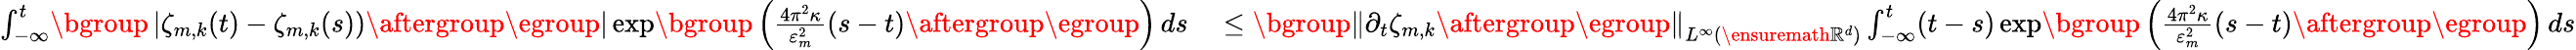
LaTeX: \begin{array}{rl}{\int_{-\infty}^{t}\mathopen{}\mathclose\bgroup\left|\zeta_{m,k}(t)-\zeta_{m,k}(s))\aftergroup\egroup\right|\exp\mathopen{}\mathclose\bgroup\left(\frac{4\pi^{2}\kappa}{\varepsilon_{m}^{2}}(s-t)\aftergroup\egroup\right)\, ds}&{{}\leq\mathopen{}\mathclose\bgroup\left\| \partial_{t}\zeta_{m,k}\aftergroup\egroup\right\| _{L^{\infty}(\ensuremath{\mathbb{R}^{d}})}\int_{-\infty}^{t}(t-s)\exp\mathopen{}\mathclose\bgroup\left(\frac{4\pi^{2}\kappa}{\varepsilon_{m}^{2}}(s-t)\aftergroup\egroup\right)\, ds}\end{array}